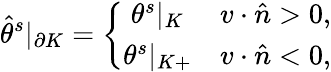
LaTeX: \hat{\theta}^{s}|_{\partial K}=\left\{ \begin{array}{cc}{\theta^{s}|_{K}}&{v\cdot\hat{n}>0,}\\ {\theta^{s}|_{K+}}&{v\cdot\hat{n}<0,}\end{array}\right.